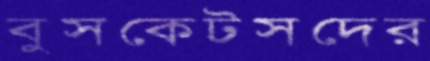
বুসকেটসদের